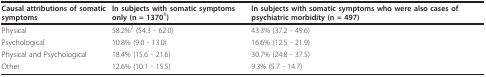
<table><thead><tr><td><b>Causal attributions of somatic symptoms</b></td><td><b>In subjects with somatic symptoms only (n = 1370<sup>1</sup>)</b></td><td><b>In subjects with somatic symptoms who were also cases of psychiatric morbidity (n = 497)</b></td></tr></thead><tbody><tr><td>Physical</td><td>58.2%<sup>2 </sup>(54.3 - 62.0)</td><td>43.3% (37.2 - 49.6)</td></tr><tr><td>Psychological</td><td>10.8% (9.0 - 13.0)</td><td>16.6% (12.5 - 21.9)</td></tr><tr><td>Physical and Psychological</td><td>18.4% (15.6 - 21.6)</td><td>30.7% (24.8 - 37.5)</td></tr><tr><td>Other</td><td>12.6% (10.1 - 15.5)</td><td>9.3% (5.7 - 14.7)</td></tr></tbody></table>